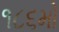
૧૮૬મો